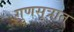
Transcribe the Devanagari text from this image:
गुणसूत्रात